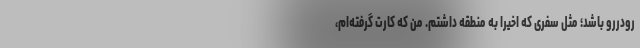
رودررو باشد؛ مثل سفری که اخیرا به منطقه داشتم. من که کارت گرفته‌ام،